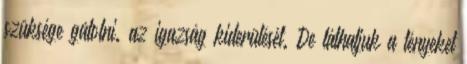
szüksége gátolni. az igazság kiderülését. De láthatjuk a tényeket